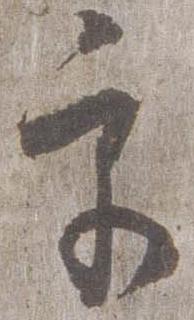
宮